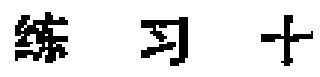
练习十